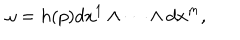
\omega = h ( p ) d x ^ { 1 } \wedge \cdots \wedge d x ^ { m } ,